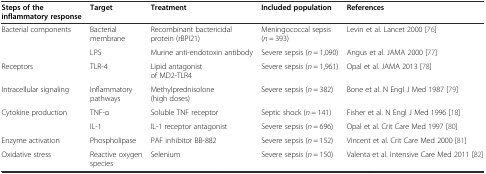
<table><thead><tr><td><b>Steps of the inflammatory response</b></td><td><b>Target</b></td><td><b>Treatment</b></td><td><b>Included population</b></td><td><b>References</b></td></tr></thead><tbody><tr><td rowspan="2">Bacterial components</td><td>Bacterial membrane</td><td>Recombinant bactericidal protein (rBPI21)</td><td>Meningococcal sepsis (<i>n</i> = 393)</td><td>Levin et al. Lancet 2000 [76]</td></tr><tr><td>LPS</td><td>Murine anti-endotoxin antibody</td><td>Severe sepsis (<i>n</i> = 1,090)</td><td>Angus et al. JAMA 2000 [77]</td></tr><tr><td>Receptors</td><td>TLR-4</td><td>Lipid antagonist of MD2-TLR4</td><td>Severe sepsis (<i>n</i> = 1,961)</td><td>Opal et al. JAMA 2013 [78]</td></tr><tr><td>Intracellular signaling</td><td>Inflammatory pathways</td><td>Methylprednisolone (high doses)</td><td>Severe sepsis (<i>n</i> = 382)</td><td>Bone et al. N Engl J Med 1987 [79]</td></tr><tr><td rowspan="2">Cytokine production</td><td>TNF-α</td><td>Soluble TNF receptor</td><td>Septic shock (<i>n</i> = 141)</td><td>Fisher et al. N Engl J Med 1996 [18]</td></tr><tr><td>IL-1</td><td>IL-1 receptor antagonist</td><td>Severe sepsis (<i>n</i> = 696)</td><td>Opal et al. Crit Care Med 1997 [80]</td></tr><tr><td>Enzyme activation</td><td>Phospholipase</td><td>PAF inhibitor BB-882</td><td>Severe sepsis (<i>n</i> = 152)</td><td>Vincent et al. Crit Care Med 2000 [81]</td></tr><tr><td>Oxidative stress</td><td>Reactive oxygen species</td><td>Selenium</td><td>Severe sepsis (<i>n</i> = 150)</td><td>Valenta et al. Intensive Care Med 2011 [82]</td></tr></tbody></table>